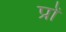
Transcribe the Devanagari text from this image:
प्रों